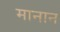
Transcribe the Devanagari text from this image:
मानान